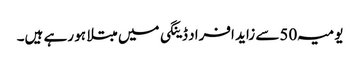
یومیہ 50سے زاید افراد ڈینگی میں مبتلا ہو رہے ہیں۔